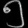
Digit: ၅